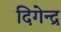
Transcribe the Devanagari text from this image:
दिगेन्द्र